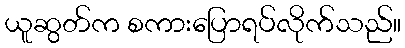
ယူဆွတ်က စကားပြောရပ်လိုက်သည်။